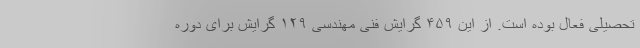
تحصیلی فعال بوده است. از این ۴۵۹ گرایش فنی مهندسی ۱۲۹ گرایش برای دوره